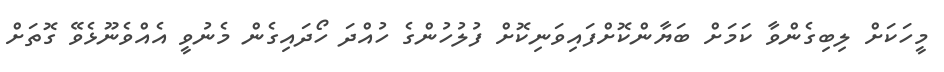
މީހަކަށް ލިބިގެންވާ ކަމަށް ބަޔާންކޮށްފައިވަނިކޮށް ފުލުހުންގެ ހުއްދަ ހޯދައިގެން މެނުވީ އެއްވެނޫޅެވޭ ގޮތަށް